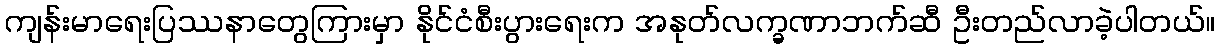
ကျန်းမာရေးပြဿနာတွေကြားမှာ နိုင်ငံစီးပွားရေးက အနုတ်လက္ခဏာဘက်ဆီ ဦးတည်လာခဲ့ပါတယ်။